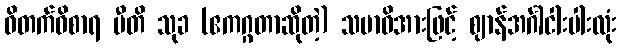
ဝိတက်ဝိစာရ ပီတိ သုခ (ဧကဂ္ဂတာဆိုတဲ့) သမာဓိအားဖြင့် ဈာန်အင်္ဂါငါးပါးလုံး